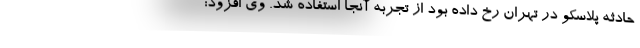
حادثه پلاسکو در تهران رخ داده بود از تجربه آنجا استفاده شد. وی افزود: